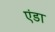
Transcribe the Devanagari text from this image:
एंडा